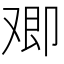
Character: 𪠂